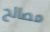
مصالح